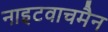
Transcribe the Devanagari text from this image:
नाइटवाचमैन